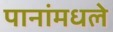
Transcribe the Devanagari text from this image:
पानांमधले